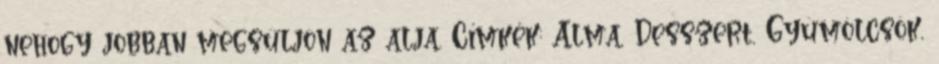
nehogy jobban megsüljön az alja. Címkék: Alma, Desszert, Gyümölcsök,